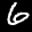
Label: 6